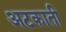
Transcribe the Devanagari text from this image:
अटकाती